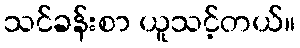
သင်ခန်းစာ ယူသင့်တယ်။